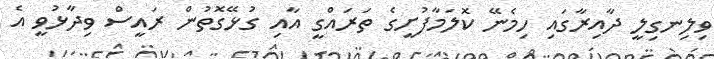
ވިލިނގިލީ ދާއިރާގައި ހިމެނޭ ކޮލަމާފުށީގެ ތަރައްގީ އާއި ގުޅޭގޮތުން ރައީސް ވިދާޅުވީ އެ